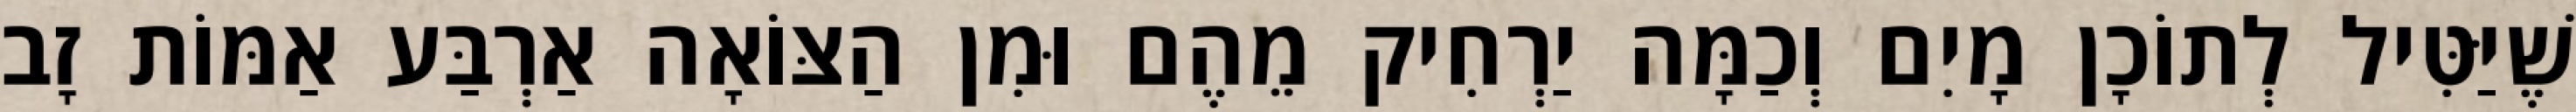
שֶׁיַּטִּיל לְתוֹכָן מָיִם וְכַמָּה יַרְחִיק מֵהֶם וּמִן הַצּוֹאָה אַרְבַּע אַמּוֹת זָב